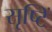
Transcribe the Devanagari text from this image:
सृष्टिं